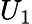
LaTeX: U_{1}